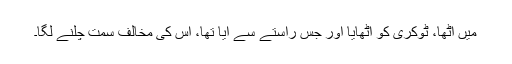
میں اٹھا، ٹوکری کو اٹھایا اور جس راستے سے آیا تھا، اس کی مخالف سمت چلنے لگا۔